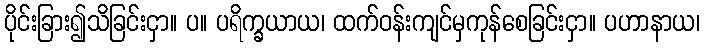
ပိုင်းခြား၍သိခြင်းငှာ။ ပ။ ပရိက္ခယာယ၊ ထက်ဝန်းကျင်မှကုန်စေခြင်းငှာ။ ပဟာနာယ၊